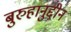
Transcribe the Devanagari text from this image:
बुरुहानुद्दीन